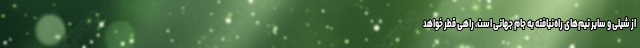
از شیلی و سایر تیم‌های راه‌نیافته به جام جهانی است، راهی قطر خواهد